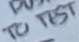
Text: TO TEST